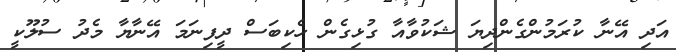
އަދި އޭނާ ކުރަމުންގެންދިޔަ ޝަކުވާއާ ގުޅިގެން ހެކިބަސް ދީފިނަމަ އޭނާޔާ މެދު ސުލޫކީ